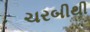
ચરબીથી